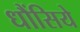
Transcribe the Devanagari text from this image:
धौंसिये